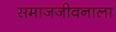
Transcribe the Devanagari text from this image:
समाजजीवनाला